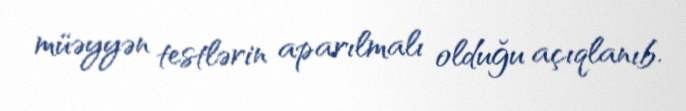
müəyyən testlərin aparılmalı olduğu açıqlanıb.